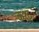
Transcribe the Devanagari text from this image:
कश्ट